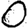
Digit: 0